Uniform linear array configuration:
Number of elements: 8
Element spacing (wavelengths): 1
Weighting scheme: binomial
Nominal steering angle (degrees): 30
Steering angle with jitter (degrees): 30.871
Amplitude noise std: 0.05
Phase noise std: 0.05

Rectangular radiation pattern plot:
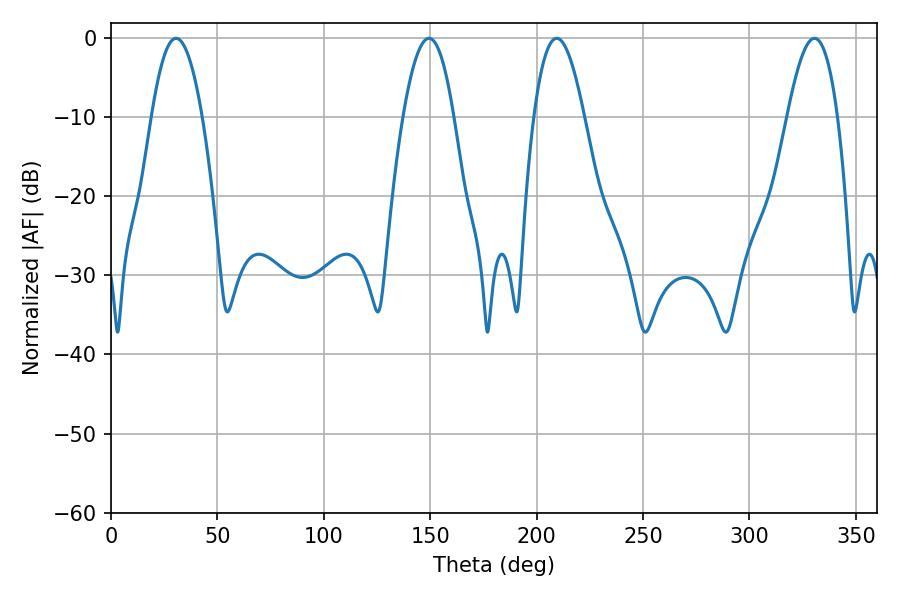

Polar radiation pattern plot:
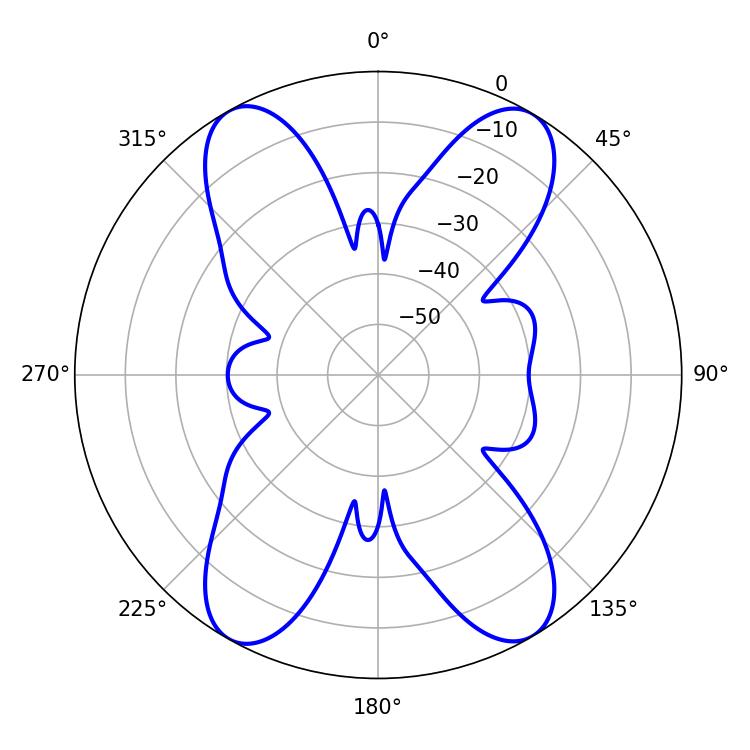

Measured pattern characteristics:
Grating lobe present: TRUE
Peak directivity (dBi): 26.174
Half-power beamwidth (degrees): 13.14
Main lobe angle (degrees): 30.6